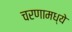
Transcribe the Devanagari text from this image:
चरणामध्ये